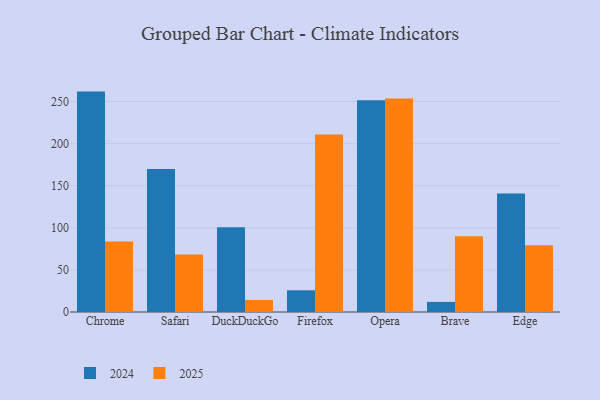
{"axis": {"x": "Browser", "y": "Budget (USD K)"}, "legend": ["2024", "2025"], "data": [{"x": "Chrome", "y": 83.8, "type": "2025"}, {"x": "Chrome", "y": 261.8, "type": "2024"}, {"x": "Safari", "y": 68.3, "type": "2025"}, {"x": "Safari", "y": 169.9, "type": "2024"}, {"x": "DuckDuckGo", "y": 14.3, "type": "2025"}, {"x": "DuckDuckGo", "y": 100.8, "type": "2024"}, {"x": "Firefox", "y": 210.9, "type": "2025"}, {"x": "Firefox", "y": 25.8, "type": "2024"}, {"x": "Opera", "y": 253.5, "type": "2025"}, {"x": "Opera", "y": 251.6, "type": "2024"}, {"x": "Brave", "y": 89.9, "type": "2025"}, {"x": "Brave", "y": 12.0, "type": "2024"}, {"x": "Edge", "y": 79.4, "type": "2025"}, {"x": "Edge", "y": 140.8, "type": "2024"}]}